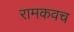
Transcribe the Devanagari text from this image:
रामकवच